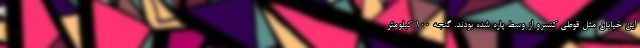
این خیابان مثل قوطی کنسرو از وسط پاره شده بودند. گنجه ۱۰۰ کیلومتر